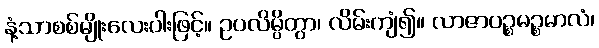
နံ့သာစစ်မျိုးလေးပါးဖြင့်။ ဥပလိမ္ပိတွာ၊ လိမ်းကျံ၍။ လာဇာပဉ္စမဉ္စမာလံ၊